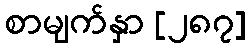
စာမျက်နှာ [၂၈၇]